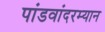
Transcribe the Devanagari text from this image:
पांडवांदरम्यान